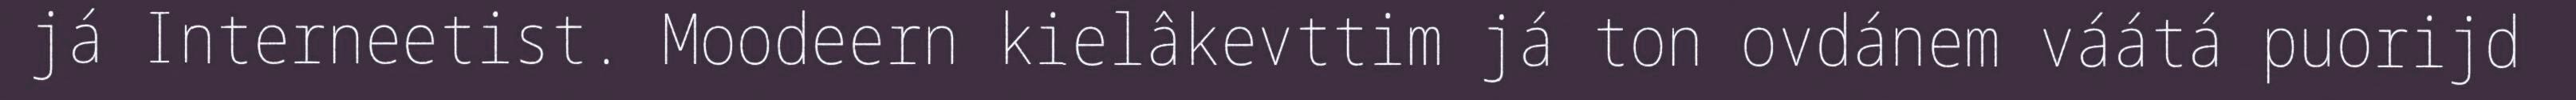
já Interneetist. Moodeern kielâkevttim já ton ovdánem váátá puorijd